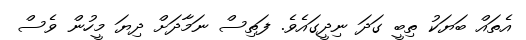
އެތައް ބަޔަކު ތިބީ ގަދަ ނިދީގައެވެ. ފަތިސް ނަމާދަށް ދިޔަ މީހުން ވެސް